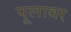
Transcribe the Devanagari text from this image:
पूलावर